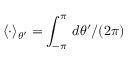
\langle \cdot \rangle _ { \theta ^ { \prime } } = \int _ { - \pi } ^ { \pi } \, d \theta ^ { \prime } / ( 2 \pi )